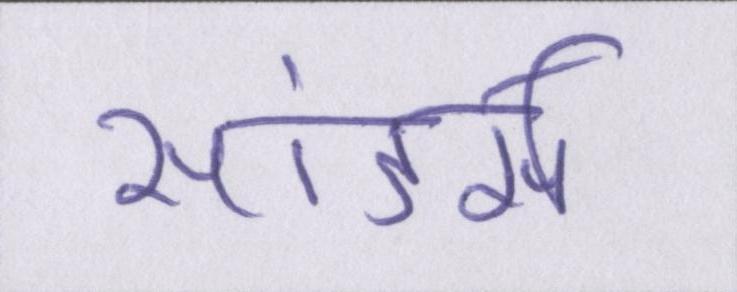
सांडर्स